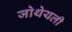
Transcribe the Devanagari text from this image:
जोथेयली